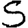
Digit: 5